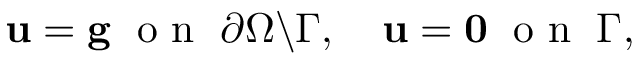
{ \mathbf u } = { \mathbf g } \; \mathrm { ~ o ~ n ~ } \; \partial \Omega \backslash \Gamma , \quad { \mathbf u } = { \mathbf 0 } \; \mathrm { ~ o ~ n ~ } \; \Gamma ,